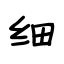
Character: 细